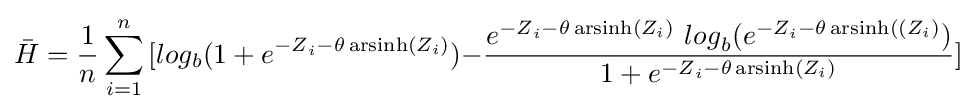
{\bar {H}}={\frac {1}{n}}\sum _{i=1}^{n}{[log_{b}(1+e^{{-Z}_{i}-\theta \operatorname {arsinh} (Z_{i})})-}{\frac {e^{{-Z}_{i}-\theta \operatorname {arsinh} (Z_{i})}\ {log}_{b}(e^{{-Z}_{i}-\theta \operatorname {arsinh} ((Z_{i})})}{1+e^{{-Z}_{i}-\theta \operatorname {arsinh} (Z_{i})}}}]